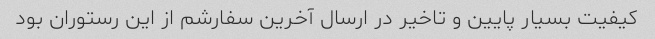
کیفیت بسیار پایین و تاخیر در ارسال آخرین سفارشم از این رستوران بود